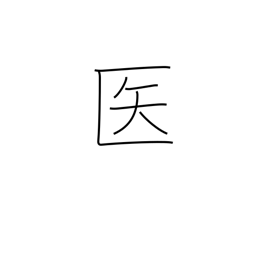
Meaning: doctor